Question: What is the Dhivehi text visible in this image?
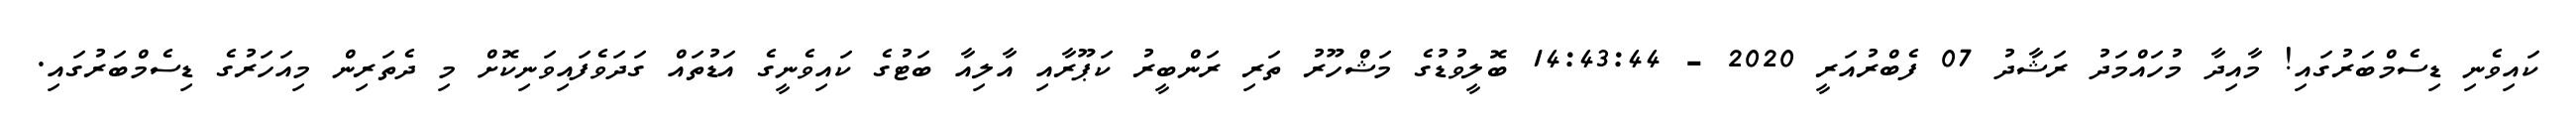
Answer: ކައިވެނި ޑިސެމްބަރުގައި! މާއިދާ މުހައްމަދު ރަޝާދު 07 ފެބްރުއަރީ 2020 - 14:43:44 ބޮލީވުޑުގެ މަޝްހޫރު ތަރި ރަންބީރު ކަޕޫރާއި އާލިއާ ބަޓުގެ ކައިވެނީގެ އަޑުތައް ގަދަވެފައިވަނިކޮށް މި ދެތަރިން މިއަހަރުގެ ޑިސެމްބަރުގައި.